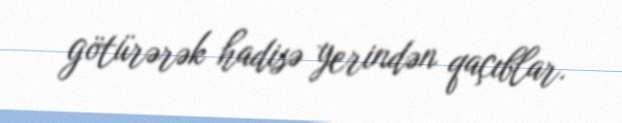
götürərək hadisə yerindən qaçıblar.